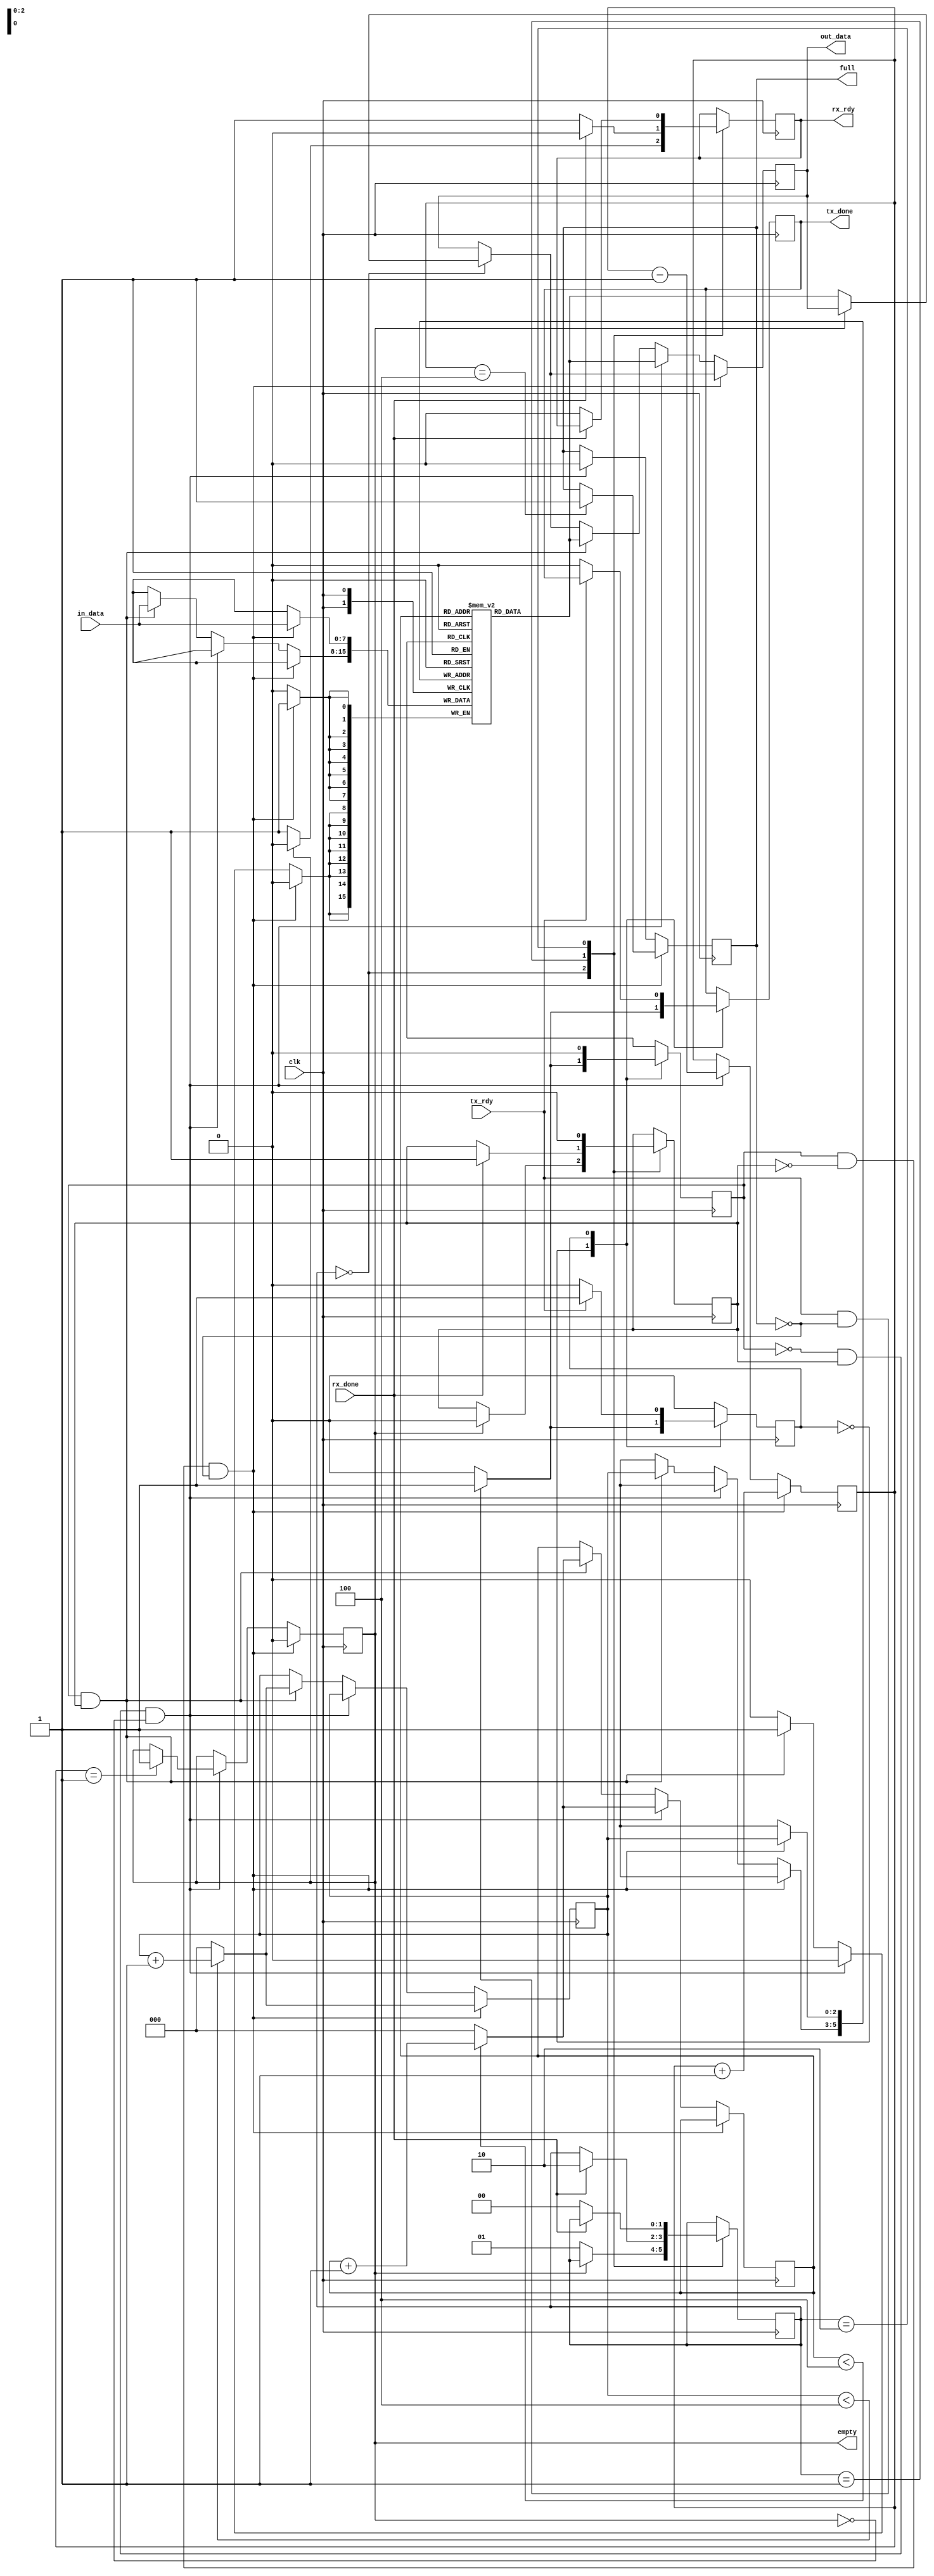
`timescale 1ns/1ps

module fifo #(
	      parameter WIDTH     = 8,
	      parameter DEPTH     = 5,
	      parameter ADR_WIDTH = 3
	      )
   (
    input 		   clk,
    
    // Transmit Interface
    input 		   tx_rdy,
    output reg 		   tx_done,
    input [WIDTH-1:0] 	   in_data,
    
    // Receive Interface
    output reg 		   rx_rdy,
    input 		   rx_done,
    output reg [WIDTH-1:0] out_data,
    
    // Indicators
    output reg 		   empty,
    output reg 		   full
    );
   
   reg 			   tx_state;
   reg [1:0] 		   rx_state;
   reg [ADR_WIDTH-1:0] 	   count;
   reg [ADR_WIDTH-1:0] 	   front;
   reg [ADR_WIDTH-1:0] 	   back;

   reg [WIDTH-1:0] 	   buffer [DEPTH-1:0];

   reg 			   decr;
   reg 			   incr;
   
   initial begin
      //TX Signals
      tx_state = 0;
      tx_done = 0;
      //RX Signals
      out_data = 0;
      rx_state = 0;
      //Buffer Manager Signals
      incr     = 0;
      decr     = 0;
      front    = 0;
      back     = 0;
      count    = 0;
      empty    = 1;
      full     = 0;
   end


   always @(posedge clk) begin
      //-----------------
      // TX handshaking
      //-----------------
      case (tx_state)
	0: begin
	   if(tx_rdy && !full) begin
	      incr <= 1;
	      tx_done <= 1;
	      tx_state <= 1;
	   end
	   else begin
	      incr <= 0;
	      tx_done <= 0;
	   end
	end
	1: begin
	   if(!tx_rdy) begin
	      tx_done <= 0;
	      incr <= 0;
	      tx_state <= 0;
	   end
	   else begin
	      incr <= 0;
	   end
	end
      endcase // case (tx_state)
      
      //-----------------
      // RX handshaking
      //-----------------
      case (rx_state)
	0: begin
	   if(!empty) begin
	      rx_rdy <= 1;
	      out_data <= buffer[back];
	      rx_state <= 1;
	   end
	   else begin
	      rx_rdy <= 0;
	      decr <= 0;
	   end
	end
	1: begin
	   if(rx_done) begin
	      decr <= 1;
	      rx_rdy <= 0;      
	      rx_state <= 2;
	   end
	   else begin
	      rx_rdy <= 1;
	   end
	end
	
	2: begin
	   if(!rx_done) begin
	      decr <= 0;
	      rx_rdy <= 0;
	      rx_state <= 0;
	   end
	   else begin
	      decr <= 0;
	   end
	end
      endcase // case (rx_state)

      //-----------------
      // Buffer manager
      //-----------------
      // Add data
      if (incr && !decr && !full) begin
	 	buffer[front] <= in_data;
	 	count <= count + 1;
	 	empty <= 0;
	 if(count == DEPTH-1)
	   full <= 1;
	 if(front < DEPTH-1)
	   front <= front + 1;
	 else
	   front <= 0;
      end 
      
      // Remove data
      else if (!incr && decr && !empty) begin
	 	out_data <= buffer[back];
	 	count <= count -1;
	 	full <= 0;
		if(count == 1)
			empty <= 1;
		if(back < DEPTH-1)
			back <= back +1;
		else
			back <= 0;
      end
      
      // Add and Remove data
      else if (incr && decr) begin
		out_data <= buffer[back];
		buffer[front] <= in_data;
		if(front < DEPTH-1)
			front <= front +1;
		else
			front <= 0;
		if(back < DEPTH-1)
			back <= back +1;
		else
			back <= 0;
      end	
   end
endmodule // fifo